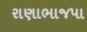
રાણાભાજપા